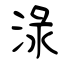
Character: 渌